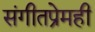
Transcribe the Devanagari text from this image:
संगीतप्रेमही